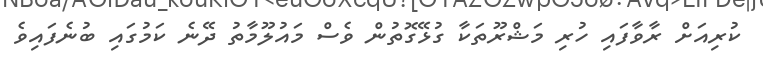
ކުރިއަށް ރާވާފައި ހުރި މަޝްރޫތަކާ ގުޅޭގޮތުން ވެސް މައުލޫމާތު ދޭނެ ކަމުގައި ބުނެފައިވެ